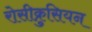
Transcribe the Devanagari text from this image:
रोसीक्रुसियन